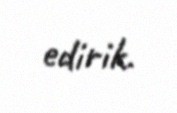
edirik.